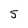
Character: 5